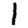
Digit: 1